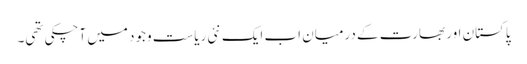
پاکستان اور بھارت کے درمیان اب ایک نئی ریاست وجود میں آچکی تھی۔